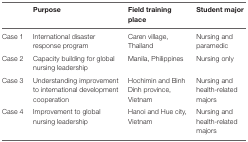
<table><thead><tr><td></td><td><b>Purpose</b></td><td><b>Field training place</b></td><td><b>Student major</b></td></tr></thead><tbody><tr><td>Case 1</td><td>International disaster response program</td><td>Caren village, Thailand</td><td>Nursing and paramedic</td></tr><tr><td>Case 2</td><td>Capacity building for global nursing leadership</td><td>Manila, Philippines</td><td>Nursing only</td></tr><tr><td>Case 3</td><td>Understanding improvement to international development cooperation</td><td>Hochimin and Binh Dinh province, Vietnam</td><td>Nursing and health-related majors</td></tr><tr><td>Case 4</td><td>Improvement to global nursing leadership</td><td>Hanoi and Hue city, Vietnam</td><td>Nursing and health-related majors</td></tr></tbody></table>